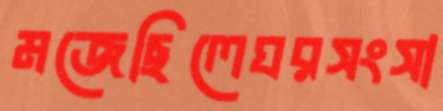
মজেছিলেঘরসংসা